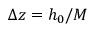
\Delta z = h _ { 0 } / M